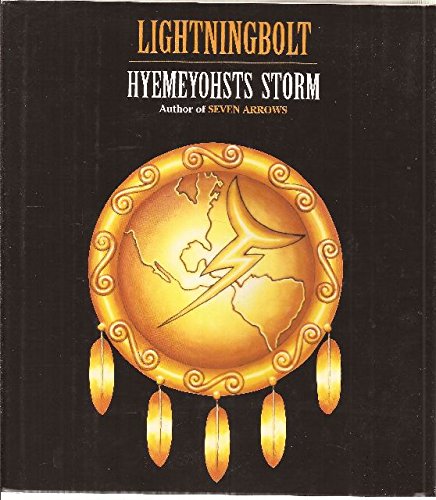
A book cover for Lightningbolt; Hyemeyohsts Storm; Biographies & Memoirs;